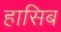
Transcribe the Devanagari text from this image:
हासिब